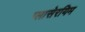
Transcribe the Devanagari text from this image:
ग्लासेरयिम